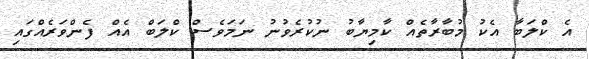
އެ ކްލަބާ އެކު މުބާރާތެއް ކާމިޔާބު ނުކުރެވުނު ނަމަވެސް ކްލަބް އެއް ފެންވަރެއްގައި